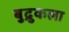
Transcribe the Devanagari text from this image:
बुद्रुकला